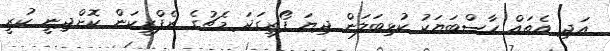
އަދި އެތައް ހާސްބަޔަކު ކުޅިބަލަން ދިޔަ ފޯރިގަދަ މެޗުގެ ރެފްރީކަން ކޮށްދިނީ ކުރީ